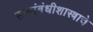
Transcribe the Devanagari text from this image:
सत्संबंधीशास्त्राचे